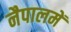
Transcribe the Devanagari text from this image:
नैपालमें